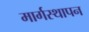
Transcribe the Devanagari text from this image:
मार्गस्थापन